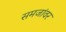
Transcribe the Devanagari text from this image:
समजांवर